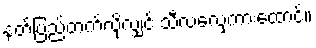
နတ်ပြည်တက်လိုလျှင် သီလလှေကားထောင်။